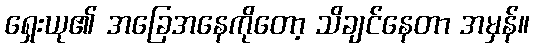
ရှေးယု၏ အခြေအနေကိုတော့ သိချင်နေတာ အမှန်။